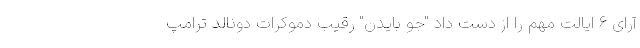
آرای 6 ایالت مهم را از دست داد "جو بایدن" رقیب دموکرات دونالد ترامپ